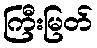
ကြီးမြတ်